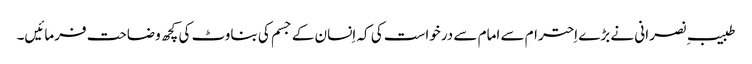
طبیبِ نصرانی نے بڑے اِحترام سے امام سے درخواست کی کہ اِنسان کے جسم کی بناوٹ کی کچھ وضاحت فرمائیں۔